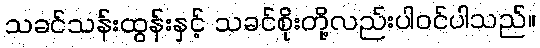
သခင်သန်းထွန်းနှင့် သခင်စိုးတို့လည်းပါဝင်ပါသည်။